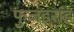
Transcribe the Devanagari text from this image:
फुजइराह